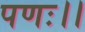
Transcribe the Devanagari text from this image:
पणः।।